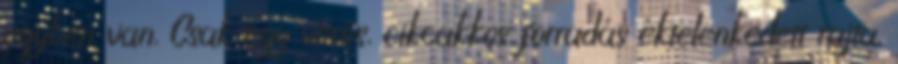
egyben van. Csak egy vörös, cikcakkos forradás éktelenkedett rajta.